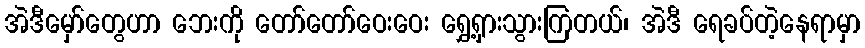
အဲဒီမှော်တွေဟာ ဘေးကို တော်တော်ဝေးဝေး ရွှေ့ရှားသွားကြတယ်၊ အဲဒီ ရေခပ်တဲ့နေရာမှာ